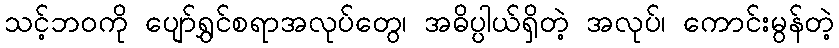
သင့်ဘဝကို ပျော်ရွှင်စရာအလုပ်တွေ၊ အဓိပ္ပါယ်ရှိတဲ့ အလုပ်၊ ကောင်းမွန်တဲ့